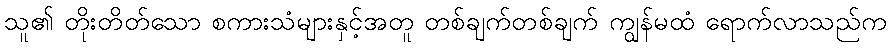
သူ၏ တိုးတိတ်သော စကားသံများနှင့်အတူ တစ်ချက်တစ်ချက် ကျွန်မထံ ရောက်လာသည်က